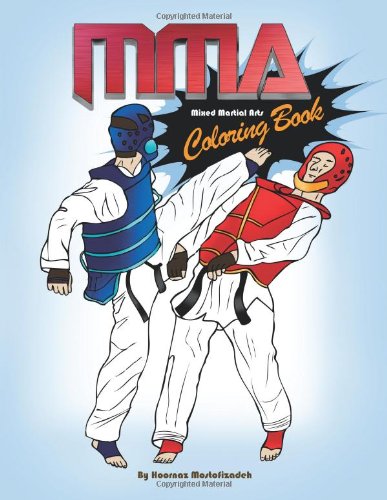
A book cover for MMA Coloring Book; Mixed Martial Arts Coloring Book; Hoornaz Mostofizadeh; Sports & Outdoors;